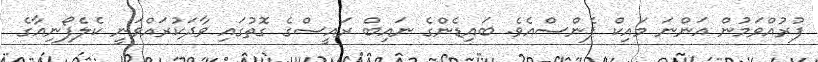
ފުރުއްވަމުން އަންނަ މައިކް ޕެންސްއެވެ. ބައިޑެންގެ ނައިބް ރައީސްގެ ގޮތުގައި ވާދަކުރައްވަނީ ކެލެފޯނިއާގެ